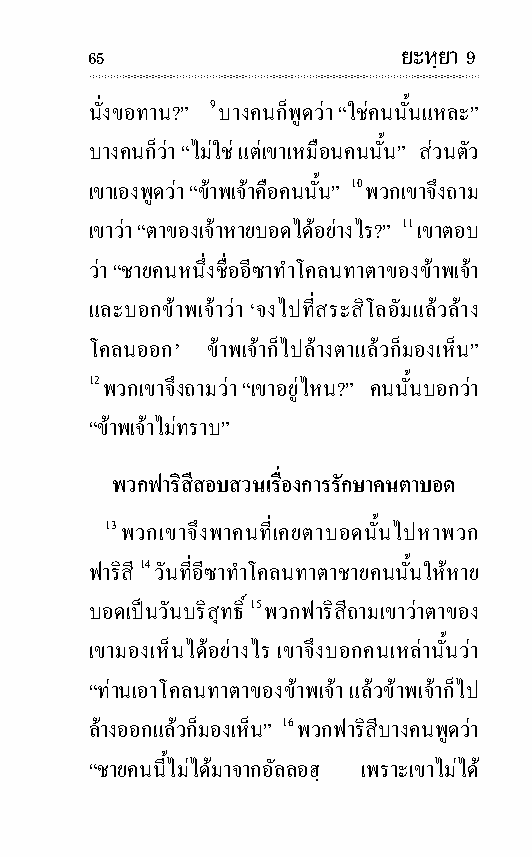
65                   ยะหฺยา 9
 นั่งขอ ทาน?” 9 บาง คนก็พูดวา “ใชคน นั้นแหละ”
 บาง คนก็วา “ไมใช แตเขาเหมือนคน นั้น” สวนตัว
 เขาเองพูดวา “ขาพ เจาคือคน นั้น” 10 พวกเขาจึงถาม
 เขาวา “ตาของเจาหายบอดไดอยาง ไร?” 11 เขาตอบ
 วา “ชายคนหนึ่งชื่ออีซาทําโคลนทาตาของขาพ เจา
 และบอกขาพ เจาวา ‘จงไปที่สระสิ โล อัมแลวลาง
 โคลนออก’ ขาพเจาก็ไปลางตาแลวก็มองเห็น”
 12 พวกเขาจึงถามวา “เขาอยูไหน?” คนนั้นบอกวา
 “ขาพ เจาไมทราบ”
 พวกฟา ริสีสอบ สวนเรื่องการรัก ษาคนตา บอด
 13 พวกเขาจึงพาคนที่เคยตา บอดนั้นไปหาพวก
 ฟา ริสี 14 วันที่อีซาทําโคลนทาตาชายคน นั้นใหหาย
 บอดเปนวันบริ สุทธิ์ 15 พวกฟา ริสีถามเขาวาตาของ
 เขามองเห็นไดอยาง ไร เขาจึงบอกคนเหลานั้นวา
 “ทานเอาโคลนทาตาของขาพ เจา แลวขาพ เจาก็ไป
 ลางออกแลวก็มองเห็น” 16 พวกฟา ริสีบาง คนพูดวา
 “ชายคน นี้ไม ไดมาจากอัล ลอฮฺ เพราะเขาไม ได